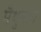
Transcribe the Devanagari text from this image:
मैथुनांग